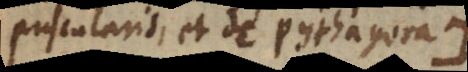
corpuscularis, et de Pythagora.